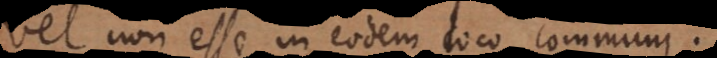
vel non esse in eodem loco communi.